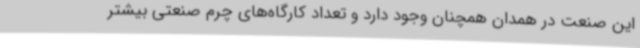
این صنعت در همدان همچنان وجود دارد و تعداد کارگاه‌های چرم صنعتی بیشتر